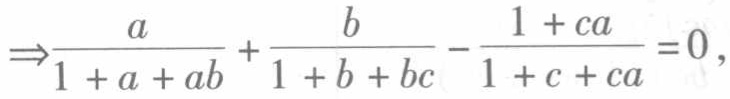
\[\Rightarrow\frac{a}{1 + a + ab}+\frac{b}{1 + b + bc}-\frac{1 + ca}{1 + c + ca}=0,\]